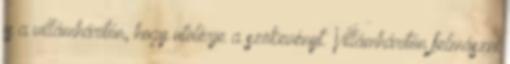
is a villámhárítón, hogy utolérje a szökevényt. Villámhárítón felmászni